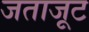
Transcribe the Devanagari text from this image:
जताजूट